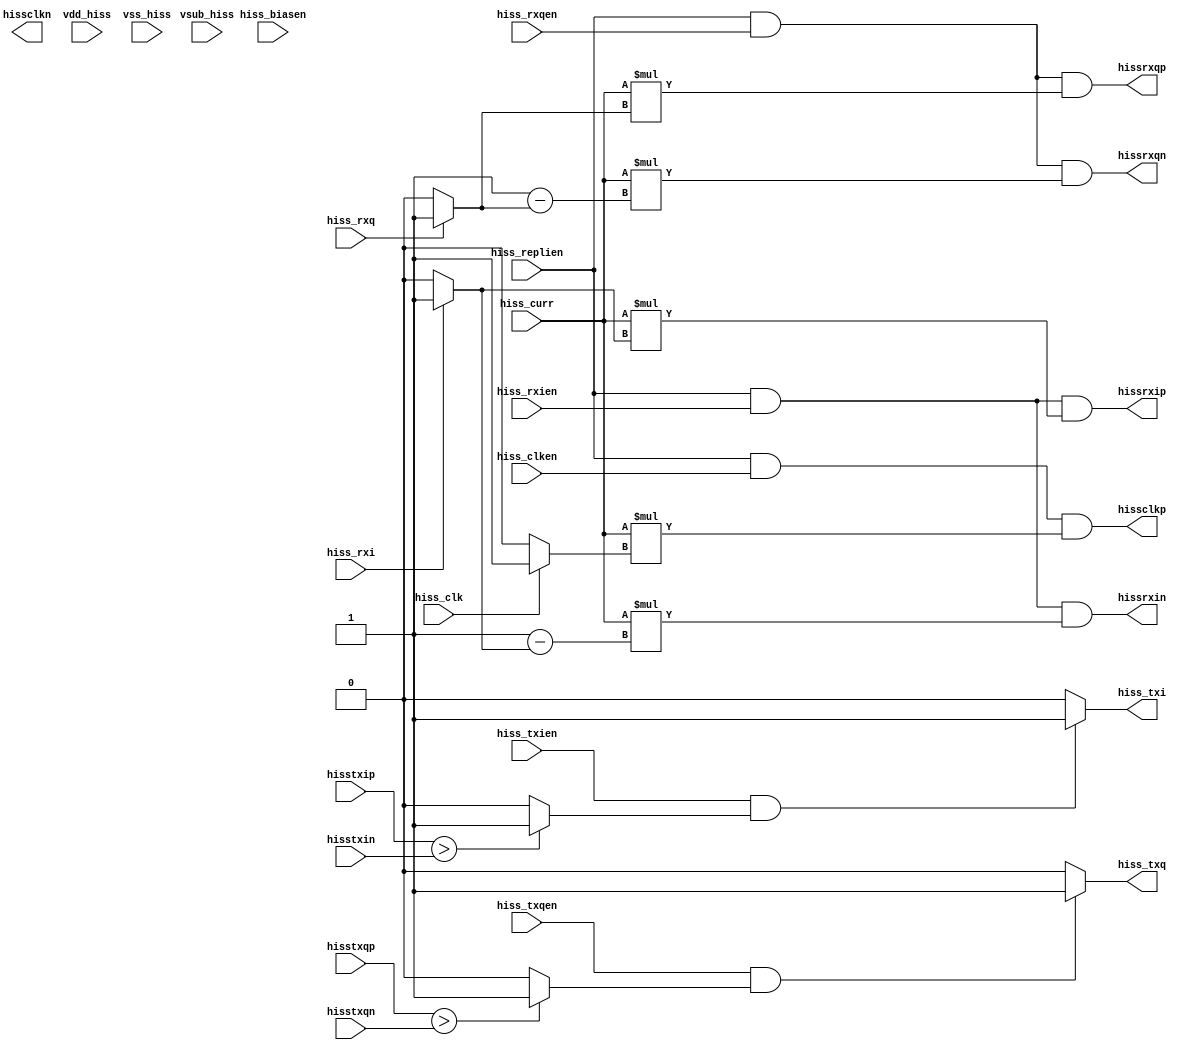
//Title       : 
//Description : 
//Notes       : 
//----------------------------------------------------------------------
//   Copyright 1999-2010 Cadence Design Systems, Inc.
//   All Rights Reserved Worldwide
//
//   Licensed under the Apache License, Version 2.0 (the
//   "License"); you may not use this file except in
//   compliance with the License.  You may obtain a copy of
//   the License at
//
//       http://www.apache.org/licenses/LICENSE-2.0
//
//   Unless required by applicable law or agreed to in
//   writing, software distributed under the License is
//   distributed on an "AS IS" BASIS, WITHOUT WARRANTIES OR
//   CONDITIONS OF ANY KIND, either express or implied.  See
//   the License for the specific language governing
//   permissions and limitations under the License.
//----------------------------------------------------------------------
module lvds (hiss_rxi, hiss_rxien, hissrxip, hissrxin, hiss_clk, hiss_clken, hissclkp, hiss_rxq, hiss_rxqen, hissclkn, hissrxqp, hissrxqn, vdd_hiss, vss_hiss, vsub_hiss, hiss_biasen, hiss_replien, hiss_curr, hisstxip, hisstxin, hiss_txi, hiss_txien,hisstxqp, hisstxqn, hiss_txqen, hiss_txq);

input       	hiss_rxi; 
input       	hiss_rxien;
input 		hiss_clk;
input  		hiss_clken;
input 		hiss_rxq;
input  		hiss_rxqen;
input 		vdd_hiss;   // Connect to 1'b0
input 		vss_hiss;   // Connect to 1'b0
input 		vsub_hiss;   // Connect to 1'b0
input		hiss_biasen;   // Connect to 1'b1
input 		hiss_replien;   // Connect to 1'b1
input 		hiss_curr;   // Connect to 1'b1
input 		hisstxip;
input 		hisstxin;
input        	hiss_txien;
input        	hisstxqp;
input        	hisstxqn;
input       	hiss_txqen;
output		hissrxip; 
output		hissrxin; 
output		hissclkp; 
output		hissclkn; 
output		hissrxqp; 
output		hissrxqn; 
output   	hiss_txi; 
output        	hiss_txq; 

reg	hiss_txq_output, hiss_txi_output, hiss_rxi_output, hiss_rxq_output,hiss_clk_output,hiss_txi,hiss_txq;
//######Receivers##############
always @(hisstxqp or hisstxqn)
begin
	if (hisstxqp > hisstxqn)
		hiss_txq_output <= 1'b1;
	else if (hisstxqn > hisstxqp)
		hiss_txq_output <= 1'b0;
	else
	     	hiss_txq_output <= 1'b0;
end

always @(hisstxip or hisstxin)
begin
	if (hisstxip > hisstxin)
		hiss_txi_output <= 1'b1;
	else if (hisstxin > hisstxip)
		hiss_txi_output <= 1'b0;
	else
	     	hiss_txi_output <= 1'b0;
end

always @(hiss_rxi)
begin
	if (hiss_rxi == 1'b1)
		hiss_rxi_output <= 1'b1;
	else
		hiss_rxi_output <= 1'b0;

end
always @(hiss_rxq)
begin
	if (hiss_rxq == 1'b1)
		hiss_rxq_output <= 1'b1;
	else
		hiss_rxq_output <= 1'b0;
end

always @(hiss_clk)
begin
	if (hiss_clk == 1'b1)
		hiss_clk_output <= 1'b1;
	else
		hiss_clk_output <= 1'b0;
end

always @(hiss_txien or hiss_txi_output )
if (hiss_txien & hiss_txi_output)
	hiss_txi <= 1'b1;
else
	hiss_txi <= 1'b0;

always @(hiss_txqen or hiss_txq_output )
if (hiss_txqen & hiss_txq_output)
	hiss_txq <= 1'b1;
else
	hiss_txq <= 1'b0;

assign vhigh_driver = hiss_curr;
assign vlow_driver  = ~hiss_curr;
assign hissrxip = hiss_replien & hiss_rxien & (vhigh_driver*hiss_rxi_output);
assign hissrxin = hiss_replien & hiss_rxien & (vhigh_driver*(1'b1-hiss_rxi_output));
assign hissrxqp = hiss_replien & hiss_rxqen & (vhigh_driver*hiss_rxq_output);
assign hissrxqn = hiss_replien & hiss_rxqen & (vhigh_driver*(1'b1-hiss_rxq_output));
assign hissclkp = hiss_replien & hiss_clken & (vhigh_driver*hiss_clk_output);
assign hissclkq = hiss_replien & hiss_clken & (vhigh_driver*(1'b1-hiss_clk_output));

endmodule